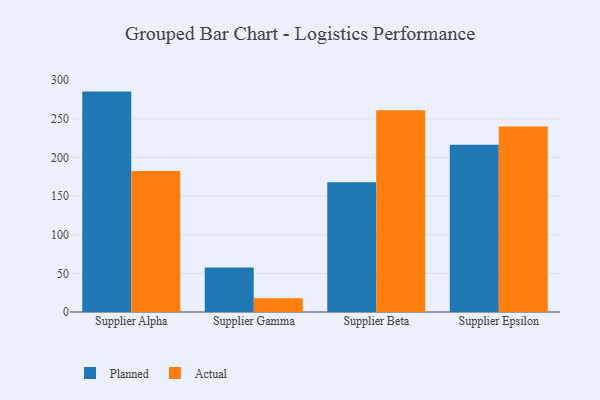
{"axis": {"x": "Supplier", "y": "Page Views"}, "legend": ["Actual", "Planned"], "data": [{"x": "Supplier Alpha", "y": 285.1, "type": "Planned"}, {"x": "Supplier Alpha", "y": 182.5, "type": "Actual"}, {"x": "Supplier Gamma", "y": 57.5, "type": "Planned"}, {"x": "Supplier Gamma", "y": 17.9, "type": "Actual"}, {"x": "Supplier Beta", "y": 167.8, "type": "Planned"}, {"x": "Supplier Beta", "y": 261.1, "type": "Actual"}, {"x": "Supplier Epsilon", "y": 216.4, "type": "Planned"}, {"x": "Supplier Epsilon", "y": 240.1, "type": "Actual"}]}